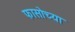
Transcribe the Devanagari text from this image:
फासोच्या